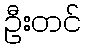
ဦးတင်